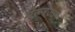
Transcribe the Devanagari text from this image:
मेरूरज्जा